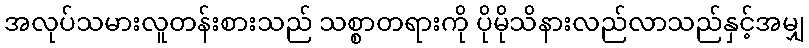
အလုပ်သမားလူတန်းစားသည် သစ္စာတရားကို ပိုမိုသိနားလည်လာသည်နှင့်အမျှ